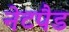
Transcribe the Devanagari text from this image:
नेटपैड